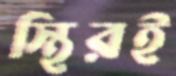
স্থিরই